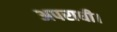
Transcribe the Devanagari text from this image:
अपराधी।